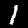
Digit: 1